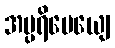
အပ္ပရိမေယျေ